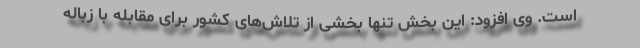
است. وی افزود: این بخش تنها بخشی از تلاش‌های کشور برای مقابله با زباله